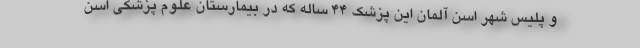
و پلیس شهر اسن آلمان این پزشک 44 ساله که در بیمارستان علوم پزشکی اسن